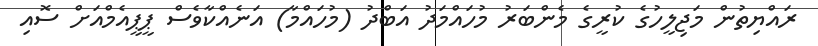
ރައްޔިތުން މަޖިލީހުގެ ކުރީގެ މެންބަރު މުހައްމަދު އަބްދު (މުހައްމާ) އަނެއްކާވެސް ޕީޕީއެމްއަށް ސޮއި